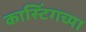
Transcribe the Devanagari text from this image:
कास्टिंगच्या